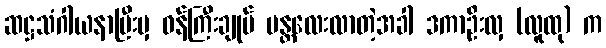
ဆဋ္ဌသံဂါယနာပြီးမှ ဝန်ကြီးချုပ် မန္တလေးလာတဲ့အခါ ဒကာဦးလှ (လူထု) က